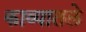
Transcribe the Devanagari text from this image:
काव्यातले